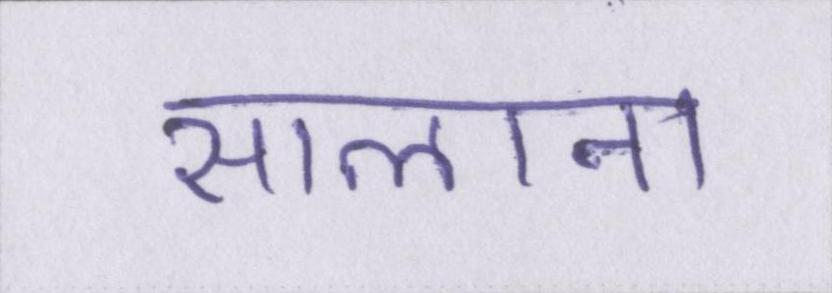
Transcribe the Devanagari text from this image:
सालाना